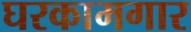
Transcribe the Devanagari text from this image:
घरकामगार